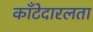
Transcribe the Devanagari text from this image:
काँटेदारलता